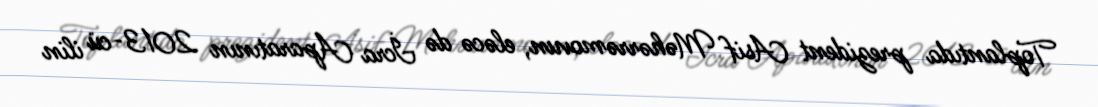
Toplantıda prezident Asif Məhərrəmovun, eləcə də İcra Aparatının 2013-cü ilin